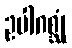
ဥပါဂစ္ဆုံ